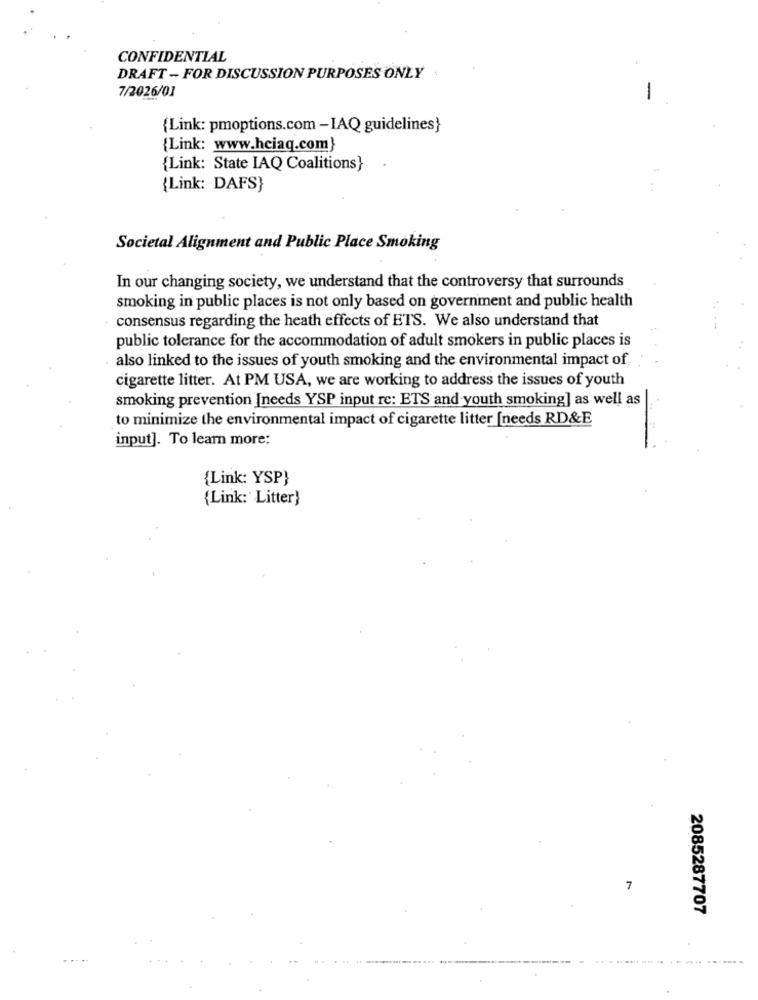
CONFIDENTIAL
DRAFT - FOR DISCUSSION PURPOSES ONLY .
7/2026/01
-
{Link: pmoptions.com -IAQ guidelines}
{Link: www.hciaq.com}
{Link: State IAQ Coalitions}
{Link: DAFS}
..
Societal Alignment and Public Place Smoking
In our changing society, we understand that the controversy that surrounds
smoking in public places is not only based on government and public health
consensus regarding the heath effects of ETS. We also understand that
public tolerance for the accommodation of adult smokers in public places is
. also linked to the issues of youth smoking and the environmental impact of
cigarette litter. At PM USA, we are working to address the issues of youth
smoking prevention [needs YSP input re: ETS and youth smoking] as well as
to minimize the environmental impact of cigarette litter [needs RD&E
input]. To learn more:
{Link: YSP}
{Link: Litter}
7
2085287707